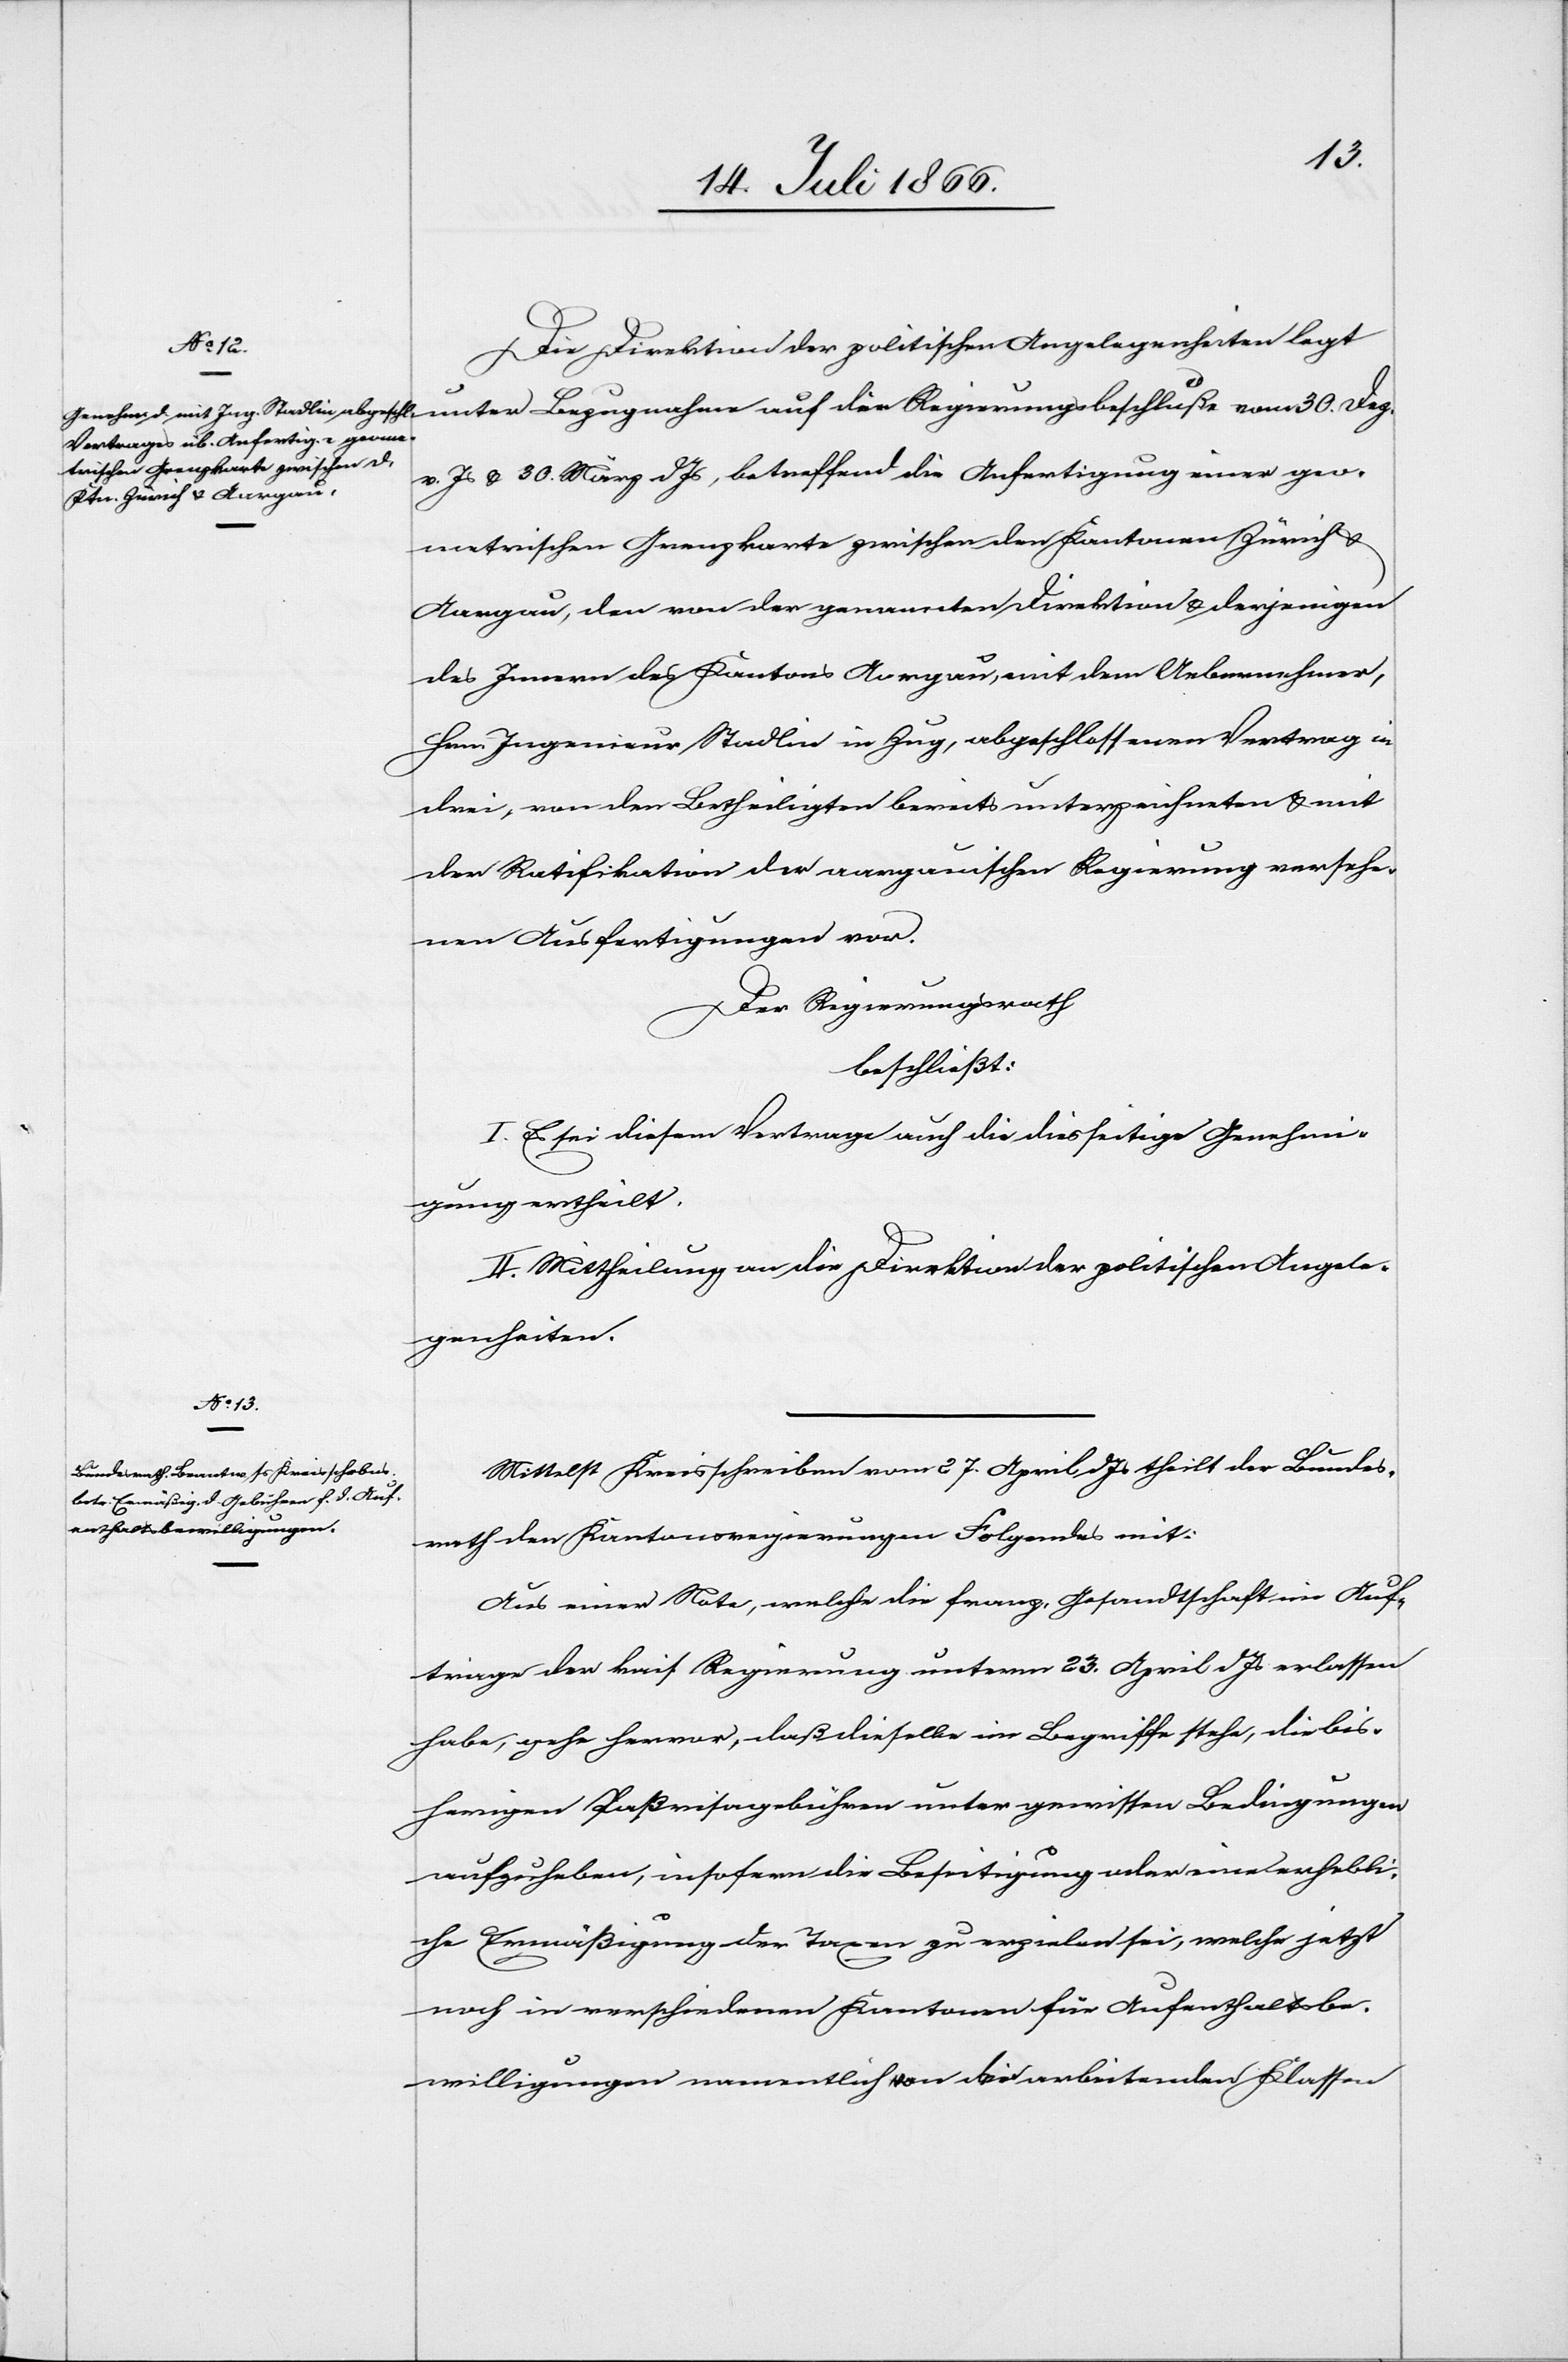
Die Direktion der politischen Angelegenheiten legt
unter Bezugnahme auf die Regierungsbeschlüße vom 30. Dez.
v. Js. u. 30. März d Js, betreffend die Anfertigung einer geo¬
metrischen Grenzkarte zwischen den Kantonen Zürich u.
Aargau, den von der genannten Direktion u. derjenigen
des Innern des Kantons Aargau, mit dem Uebernehmer,
Hrn. Ingenieur Stadlin in Zug, abgeschlossenen Vertrag in
drei, von den Betheiligten bereits unterzeichneten u. mit
der Ratifikation der aargauischen Regierung versehe¬
nen Ausfertigungen vor.
Der Regierungsrath,
beschließt:
I. Es sei diesem Vertrage auch die diesseitige Genehmi¬
gung ertheilt.
II. Mittheilung an die Direktion der politischen Angele¬
genheiten.